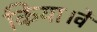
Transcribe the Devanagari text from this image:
किया।वें